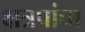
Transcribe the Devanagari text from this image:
क्षत्रपांचा